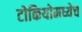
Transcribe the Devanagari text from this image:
टोकियोमध्येच